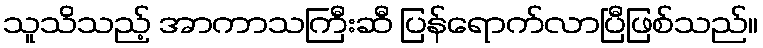
သူသိသည့် အာကာသကြီးဆီ ပြန်ရောက်လာပြီဖြစ်သည်။